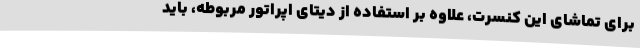
برای تماشای این کنسرت، علاوه بر استفاده از دیتای اپراتور مربوطه، باید